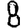
Digit: 8